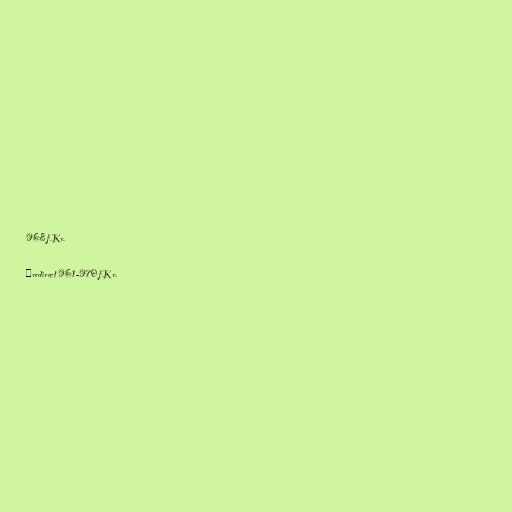
968 f.Kr.

#redirect 961-970 f.Kr.